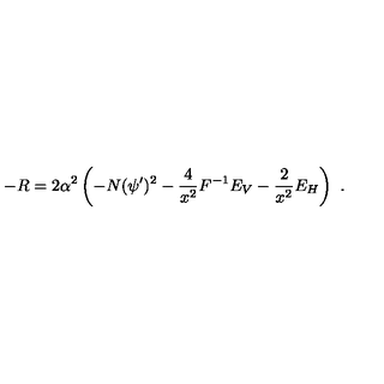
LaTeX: - R = 2 \alpha ^ { 2 } \left( - N ( \psi ^ { \prime } ) ^ { 2 } - { \frac { 4 } { x ^ { 2 } } } F ^ { - 1 } E _ { V } - { \frac { 2 } { x ^ { 2 } } } E _ { H } \right) \ .